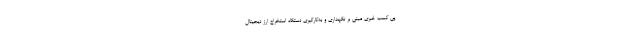
پی کسب خبری مبنی بر نگهداری و به‌کارگیری دستگاه استخراج ارز دیجیتال